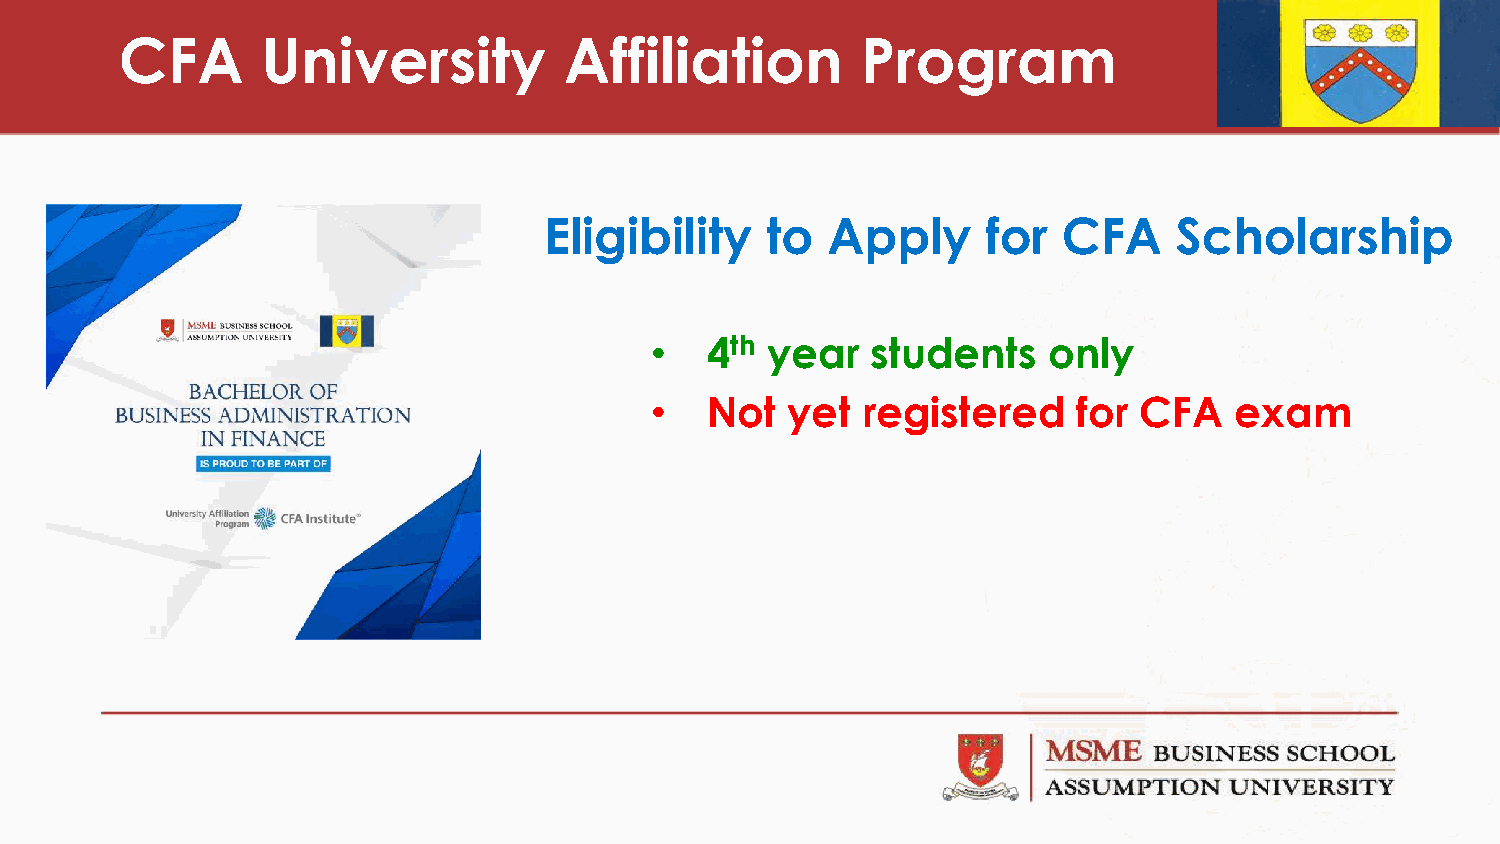
CFA      University          Affiliation         Program
 Eligibility    to  Apply     for  CFA     Scholarship
 •   4th year   students   only
 •   Not  yet  registered    for CFA    exam